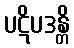
ပဋိပဒန္တိ